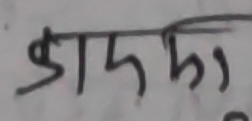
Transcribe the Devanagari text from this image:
काममा)